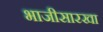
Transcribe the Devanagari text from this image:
भाजीसारखा